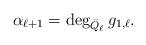
LaTeX: \begin{align*}\alpha_{\ell +1}=\deg_{\bar Q_\ell }g_{1,\ell}.\end{align*}